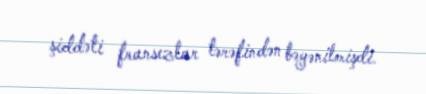
şiddəti fransızlar tərəfindən bəyənilmişdi.